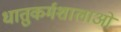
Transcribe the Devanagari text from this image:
धातुकर्मशालाओं